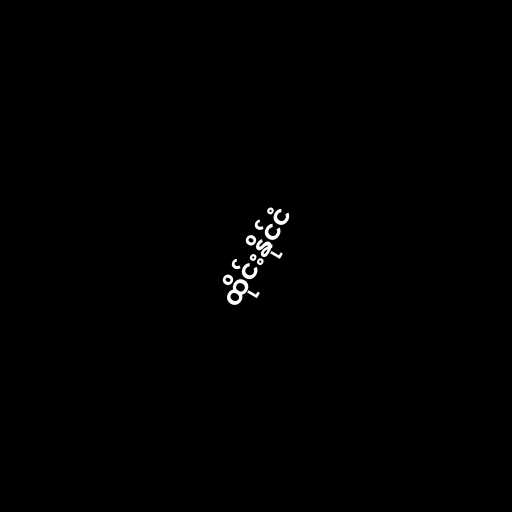
ထိုင်းနိုင်ငံ